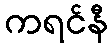
ကရင်နီ